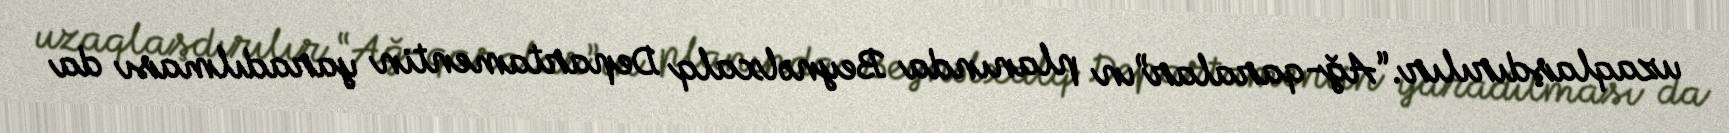
uzaqlaşdırılır.“Ağ-qaralar”ın planında Beynəlxalq Departamentin yaradılması da